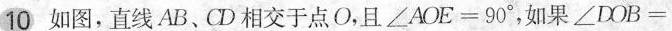
10如图，直线AB、CD相交于点O，且$$∠ A O E = 9 0°$$，如果$$∠ D O B =